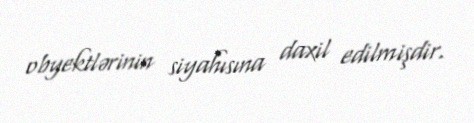
obyektlərinin siyahısına daxil edilmişdir.